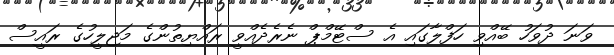
ވަނަ ދުވަހު ބޭއްވި ހަފްލާގައި އެ ސްޓޭމްޕް ނެރެދެއްވީ ރައްޔިތުންގެ މަޖިލީހުގެ ރައީސް